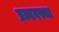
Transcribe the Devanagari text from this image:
प्रत्यवस्था